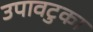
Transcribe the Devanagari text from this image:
उपावटुका